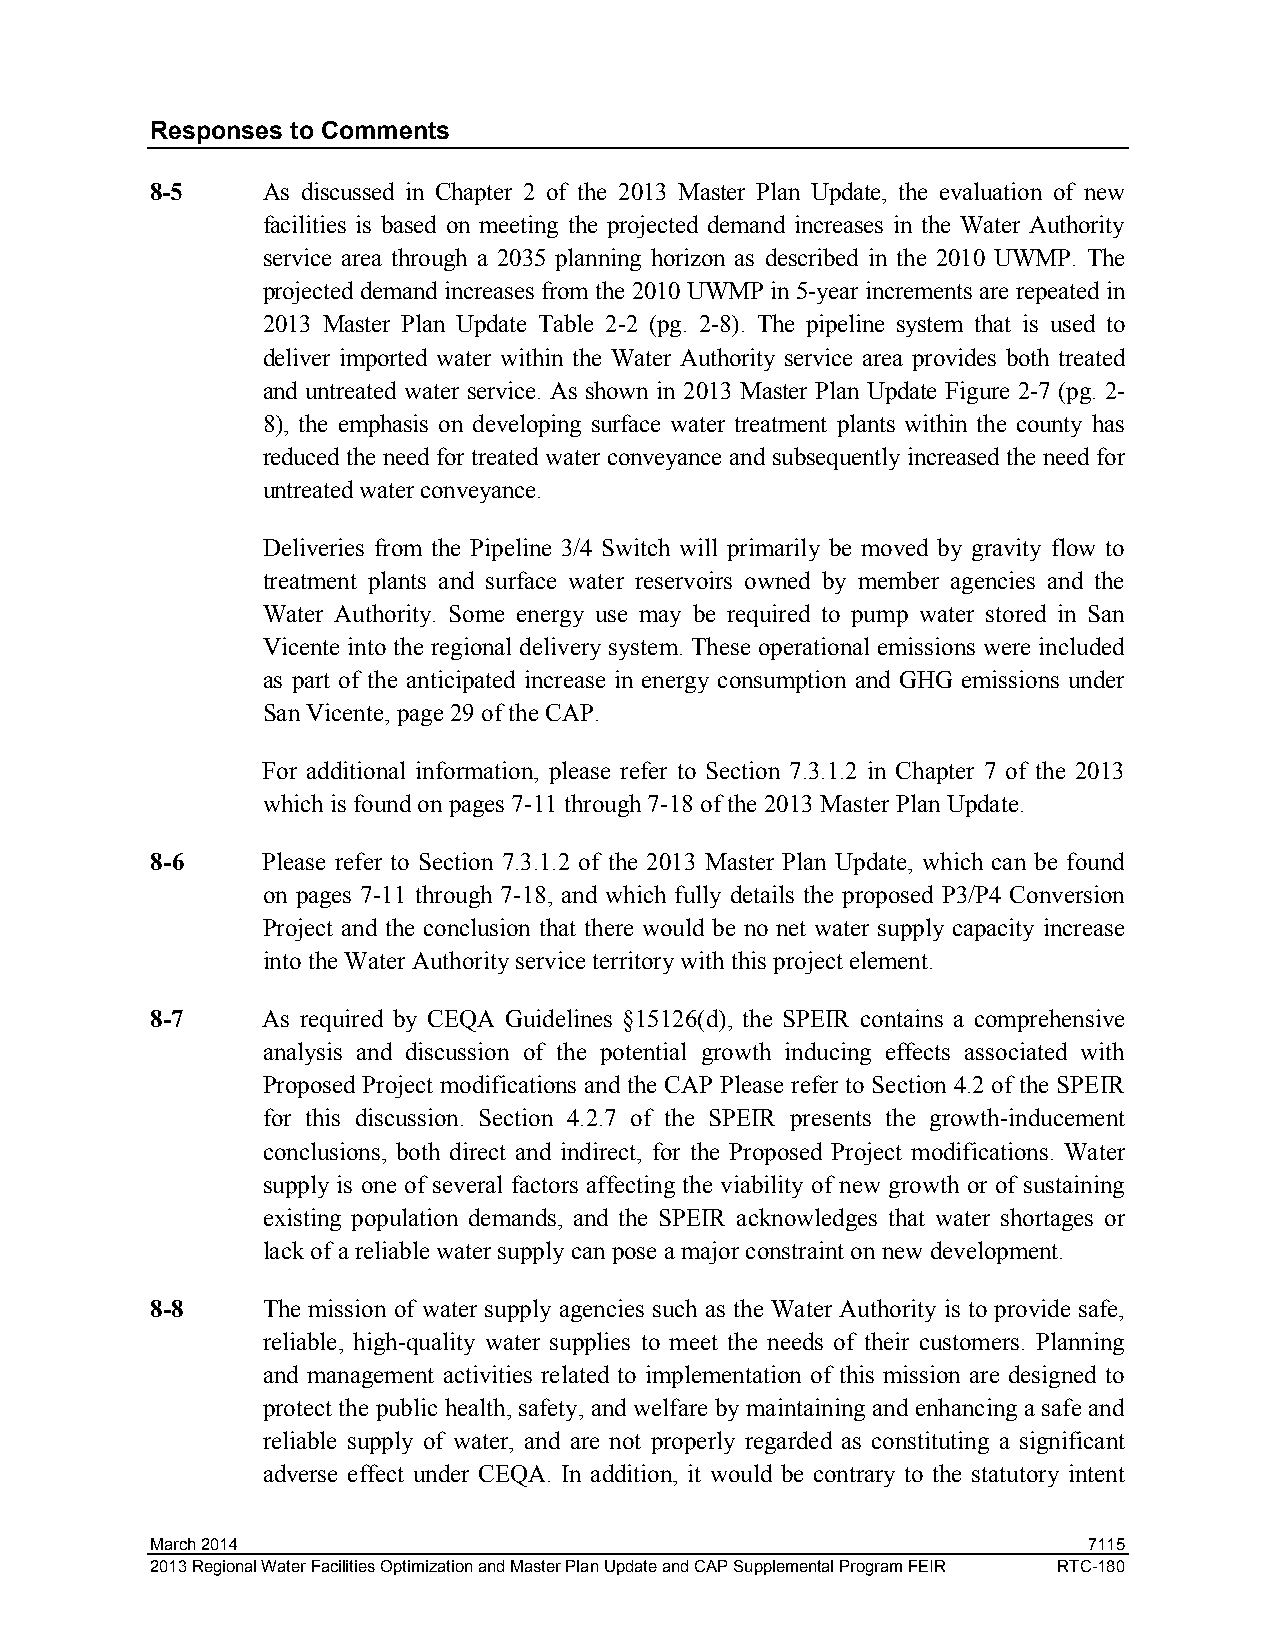
Responses to Comments
 8-5    As discussed in Chapter 2 of the 2013 Master Plan Update, the evaluation of new
 facilities is based on meeting the projected demand increases in the Water Authority
 service area through a 2035 planning horizon as described in the 2010 UWMP. The
 projected demand increases from the 2010 UWMP in 5-year increments are repeated in
 2013 Master Plan Update Table 2-2 (pg. 2-8). The pipeline system that is used to
 deliver imported water within the Water Authority service area provides both treated
 and untreated water service. As shown in 2013 Master Plan Update Figure 2-7 (pg. 2-
 8), the emphasis on developing surface water treatment plants within the county has
 reduced the need for treated water conveyance and subsequently increased the need for
 untreated water conveyance.
 Deliveries from the Pipeline 3/4 Switch will primarily be moved by gravity flow to
 treatment plants and surface water reservoirs owned by member agencies and the
 Water Authority. Some energy use may be required to pump water stored in San
 Vicente into the regional delivery system. These operational emissions were included
 as part of the anticipated increase in energy consumption and GHG emissions under
 San Vicente, page 29 of the CAP.
 For additional information, please refer to Section 7.3.1.2 in Chapter 7 of the 2013
 which is found on pages 7-11 through 7-18 of the 2013 Master Plan Update.
 8-6    Please refer to Section 7.3.1.2 of the 2013 Master Plan Update, which can be found
 on pages 7-11 through 7-18, and which fully details the proposed P3/P4 Conversion
 Project and the conclusion that there would be no net water supply capacity increase
 into the Water Authority service territory with this project element.
 8-7    As required by CEQA Guidelines §15126(d), the SPEIR contains a comprehensive
 analysis and discussion of the potential growth inducing effects associated with
 Proposed Project modifications and the CAP Please refer to Section 4.2 of the SPEIR
 for this discussion. Section 4.2.7 of the SPEIR presents the growth-inducement
 conclusions, both direct and indirect, for the Proposed Project modifications. Water
 supply is one of several factors affecting the viability of new growth or of sustaining
 existing population demands, and the SPEIR acknowledges that water shortages or
 lack of a reliable water supply can pose a major constraint on new development.
 8-8    The mission of water supply agencies such as the Water Authority is to provide safe,
 reliable, high-quality water supplies to meet the needs of their customers. Planning
 and management activities related to implementation of this mission are designed to
 protect the public health, safety, and welfare by maintaining and enhancing a safe and
 reliable supply of water, and are not properly regarded as constituting a significant
 adverse effect under CEQA. In addition, it would be contrary to the statutory intent
 March 2014                                                    7115
 2013 Regional Water Facilities Optimization and Master Plan Update and CAP Supplemental Program FEIR RTC-180